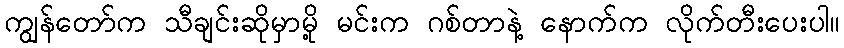
ကျွန်တော်က သီချင်းဆိုမှာမို့ မင်းက ဂစ်တာနဲ့ နောက်က လိုက်တီးပေးပါ။